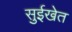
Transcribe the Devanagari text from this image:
सुईखेत